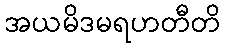
အယမိဒမရဟတီတိ